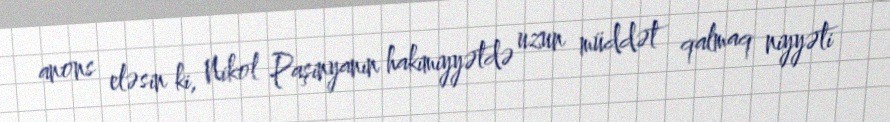
anons eləsin ki, Nikol Paşinyanın hakimiyyətdə uzun müddət qalmaq niyyəti